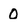
Character: O